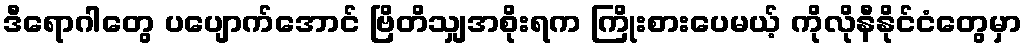
ဒီရောဂါတွေ ပပျောက်အောင် ဗြိတိသျှအစိုးရက ကြိုးစားပေမယ့် ကိုလိုနီနိုင်ငံတွေမှာ